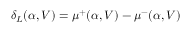
\delta _ { L } ( \alpha , V ) = \mu ^ { + } ( \alpha , V ) - \mu ^ { - } ( \alpha , V )